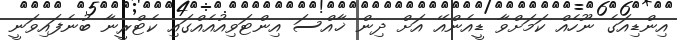
އިންޑިއަގެ ނޫހެއް ކަމަށްވާ ޑީއެންއޭ އަށް ދިން ޚާއްސަ އިންޓަވިއުއެއްގައި ކެޓްރީނާ ބުނެފައިވަނީ